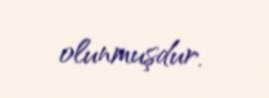
olunmuşdur.